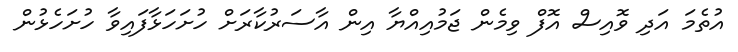
އުތެމަ އަދި ވޮއިސް އޮފް ވިމެން ޖަމުއިއްޔާ އިން އާސަރުކާރަށް ހުށަހަޅާފައިވާ ހުށަހެޅުން